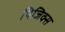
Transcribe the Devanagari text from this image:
पिजिक्स